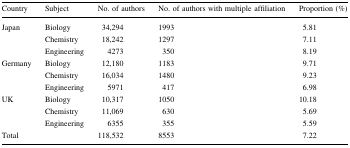
<table><thead><tr><td><b>Country</b></td><td><b>Subject</b></td><td><b>No. of authors</b></td><td><b>No. of authors with multiple affiliation</b></td><td><b>Proportion (%)</b></td></tr></thead><tbody><tr><td rowspan="3">Japan</td><td>Biology</td><td>34,294</td><td>1993</td><td>5.81</td></tr><tr><td>Chemistry</td><td>18,242</td><td>1297</td><td>7.11</td></tr><tr><td>Engineering</td><td>4273</td><td>350</td><td>8.19</td></tr><tr><td rowspan="3">Germany</td><td>Biology</td><td>12,180</td><td>1183</td><td>9.71</td></tr><tr><td>Chemistry</td><td>16,034</td><td>1480</td><td>9.23</td></tr><tr><td>Engineering</td><td>5971</td><td>417</td><td>6.98</td></tr><tr><td rowspan="3">UK</td><td>Biology</td><td>10,317</td><td>1050</td><td>10.18</td></tr><tr><td>Chemistry</td><td>11,069</td><td>630</td><td>5.69</td></tr><tr><td>Engineering</td><td>6355</td><td>355</td><td>5.59</td></tr><tr><td>Total</td><td></td><td>118,532</td><td>8553</td><td>7.22</td></tr></tbody></table>